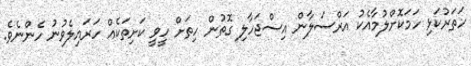
ހަތަރުކަޅި ހަމަކޮށްލުމާއެކު އަރްސަލާން އިސްޖަހާލި ގޮތުން ހިތަށް ހީވީ ކަށިތަކެއް ހަރައިލެވުނު ހެންނެވެ.